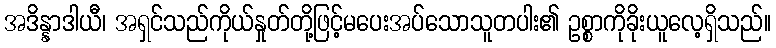
အဒိန္နာဒါယီ၊ အရှင်သည်ကိုယ်နှုတ်တို့ဖြင့်မပေးအပ်သောသူတပါး၏ ဥစ္စာကိုခိုးယူလေ့ရှိသည်။